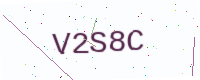
Text: V2S8C